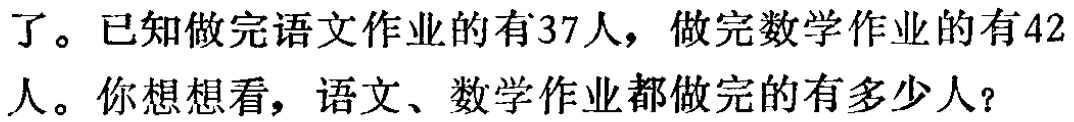
了。已知做完语文作业的有37人，做完数学作业的有42人。你想想看，语文、数学作业都做完的有多少人？